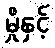
မှိုနှင့်